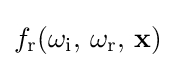
f_{\text{r}}(\omega _{\text{i}},\,\omega _{\text{r}},\,\mathbf {x} )